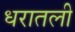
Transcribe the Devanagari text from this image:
धरातली